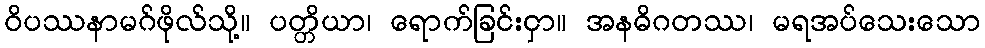
ဝိပဿနာမဂ်ဖိုလ်သို့။ ပတ္တိယာ၊ ရောက်ခြင်းငှာ။ အနဓိဂတဿ၊ မရအပ်သေးသော